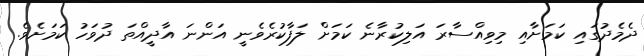
ދެމެދުގައި ކަމަށާއި މިވިއްސާރަ އަލިކުރާނެ ކަމަށް ލަފާކުރެވެނީ އަންނަ އާދީއްތަ ދުވަހު ކަމަށެވެ.